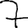
Digit: 7